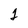
Character: 2